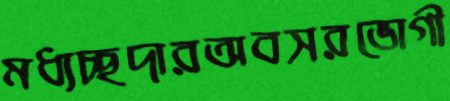
মধ্যচ্ছদারঅবসরভোগী